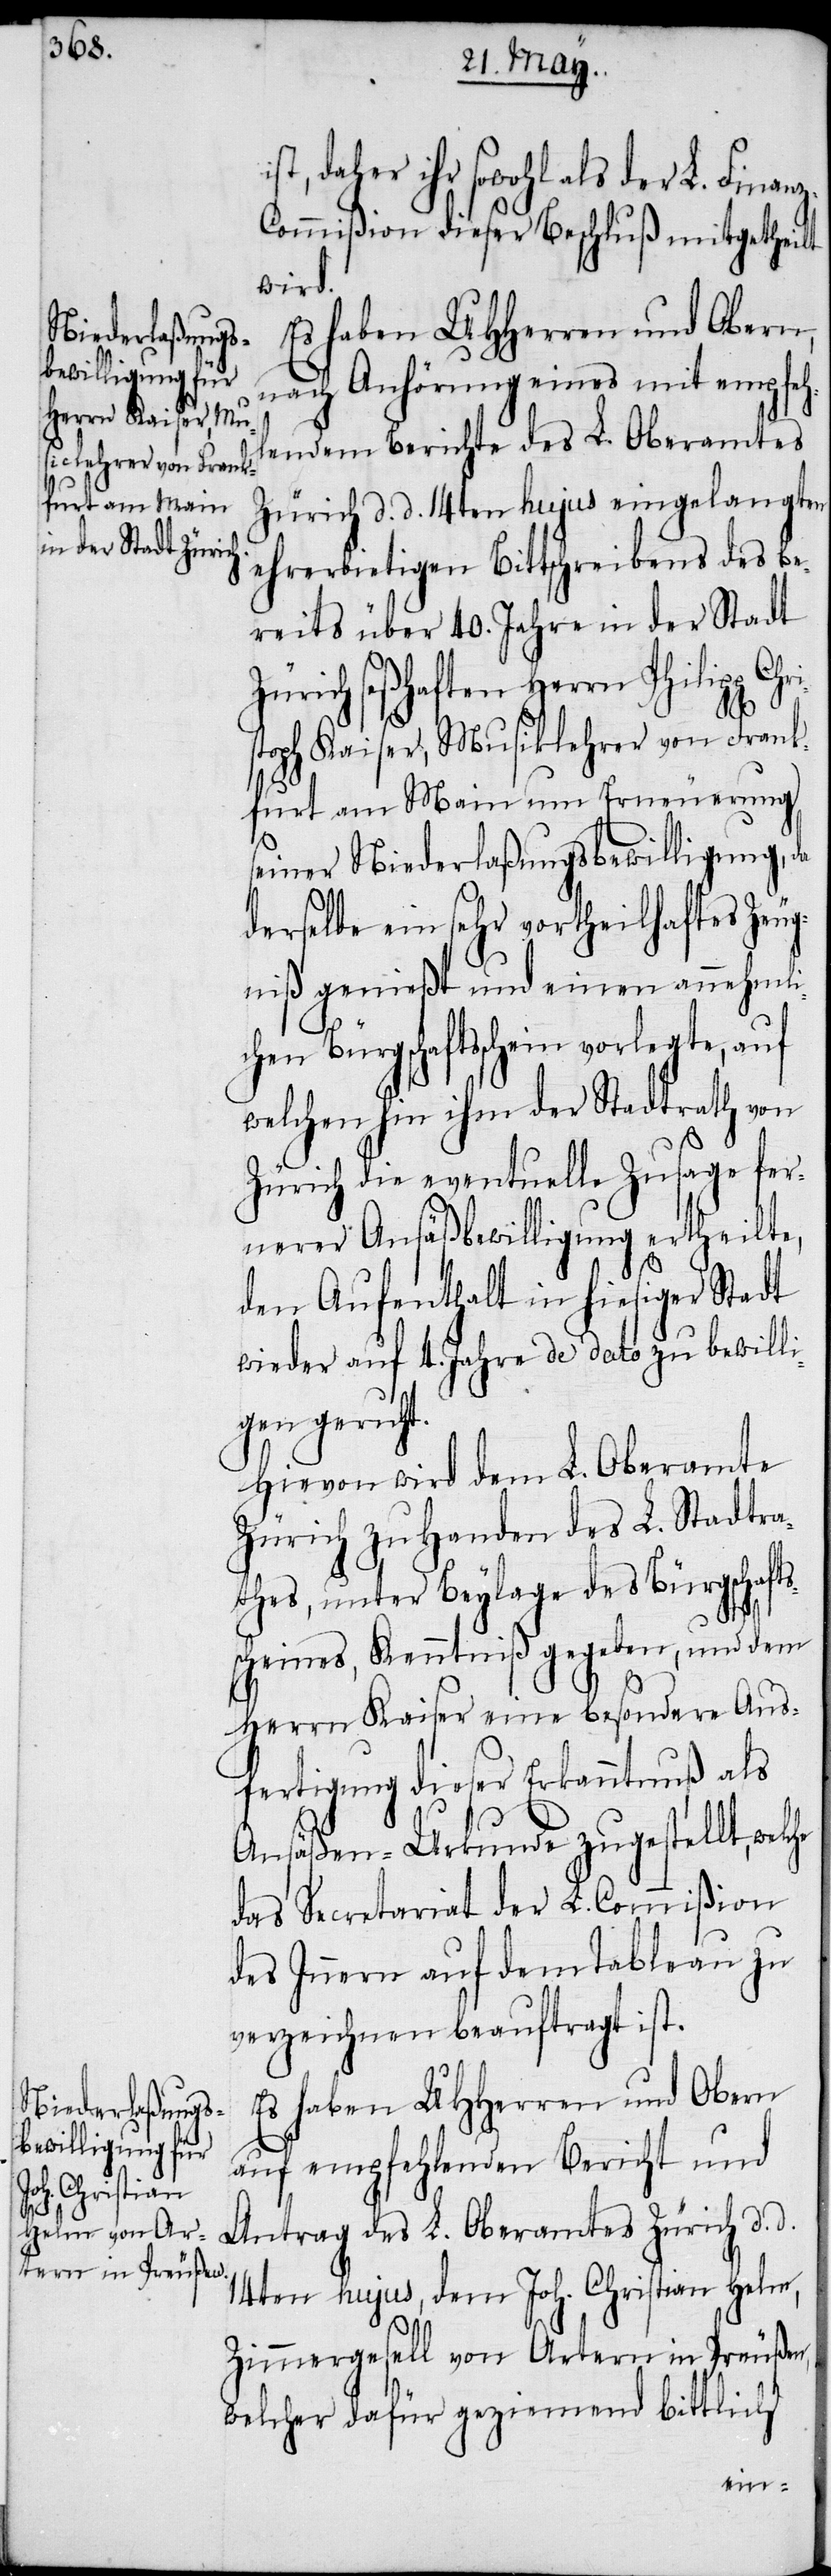
Christ¬

daher ihr sowohl als der L. Finan¬
ommißion dieser Beschluß mitgetheilt
wird.
Es haben UHHerren und Obern,
nach Anhörung eines mit empfeh¬
lendem Berichte des L. Oberamtes
Zürich d. d. 14ten hujus eingelangten
ehrerbietigen Bittschreibens des be¬
reits über 40. Jahre in der Stadt
Zürich seßhaften Herrn Philipp
oph Kaiser, Musiklehrer von Frank¬
furt am Main um Erneuerung
seiner Niederlaßungsbewilligung, da
derselbe ein sehr vortheilhaftes Zeug¬
niß genießt und einen annehmli¬
chen Bürgschaftsschein vorlegte, auf
welchen hin ihm der Stadtrath von
Zürich die eventuelle Zusage fer¬
nerer Ansäßbewilligung ertheilte,
den Aufenthalt in hiesiger Stadt
wieder auf 4. Jahre de dato zu bewill¬
igen geruht.
Hievon wird dem L. Oberamte
Zürich zu Handen des L. Stadtra¬
thes, unter Beylage des Bürgschafts¬
scheines, Kenntniß gegeben, und dem
Herrn Kaiser eine besondere Aus¬
fertigung dieser Erkanntnuß als
Ansäßen-Urkunde zugestellt,
das Secretariat der L. Commißion
des Innern auf dem Tableau zu
verzeichnen beauftragt ist.
Es haben UHHerren und Obern
auf empfehlenden Bericht und
Antrag des L. Oberamtes Zürich d. d.
14ten hujus, dem Joh. Christian Helm,
Zimmergesell von Artern in Preußen,
welcher dafür geziemend bittlich
z-C¬